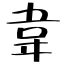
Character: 韋